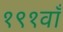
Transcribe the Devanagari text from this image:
१९१वाँ